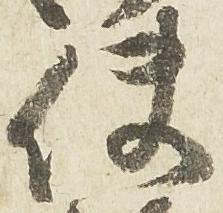
使